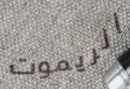
الريموت